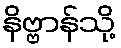
နိဗ္ဗာန်သို့